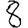
Digit: 8